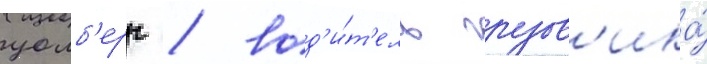
уолб'ерг / вод'и́т'ель грузов'ика́